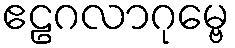
ဧဠဂလာဂုမ္ဗေ